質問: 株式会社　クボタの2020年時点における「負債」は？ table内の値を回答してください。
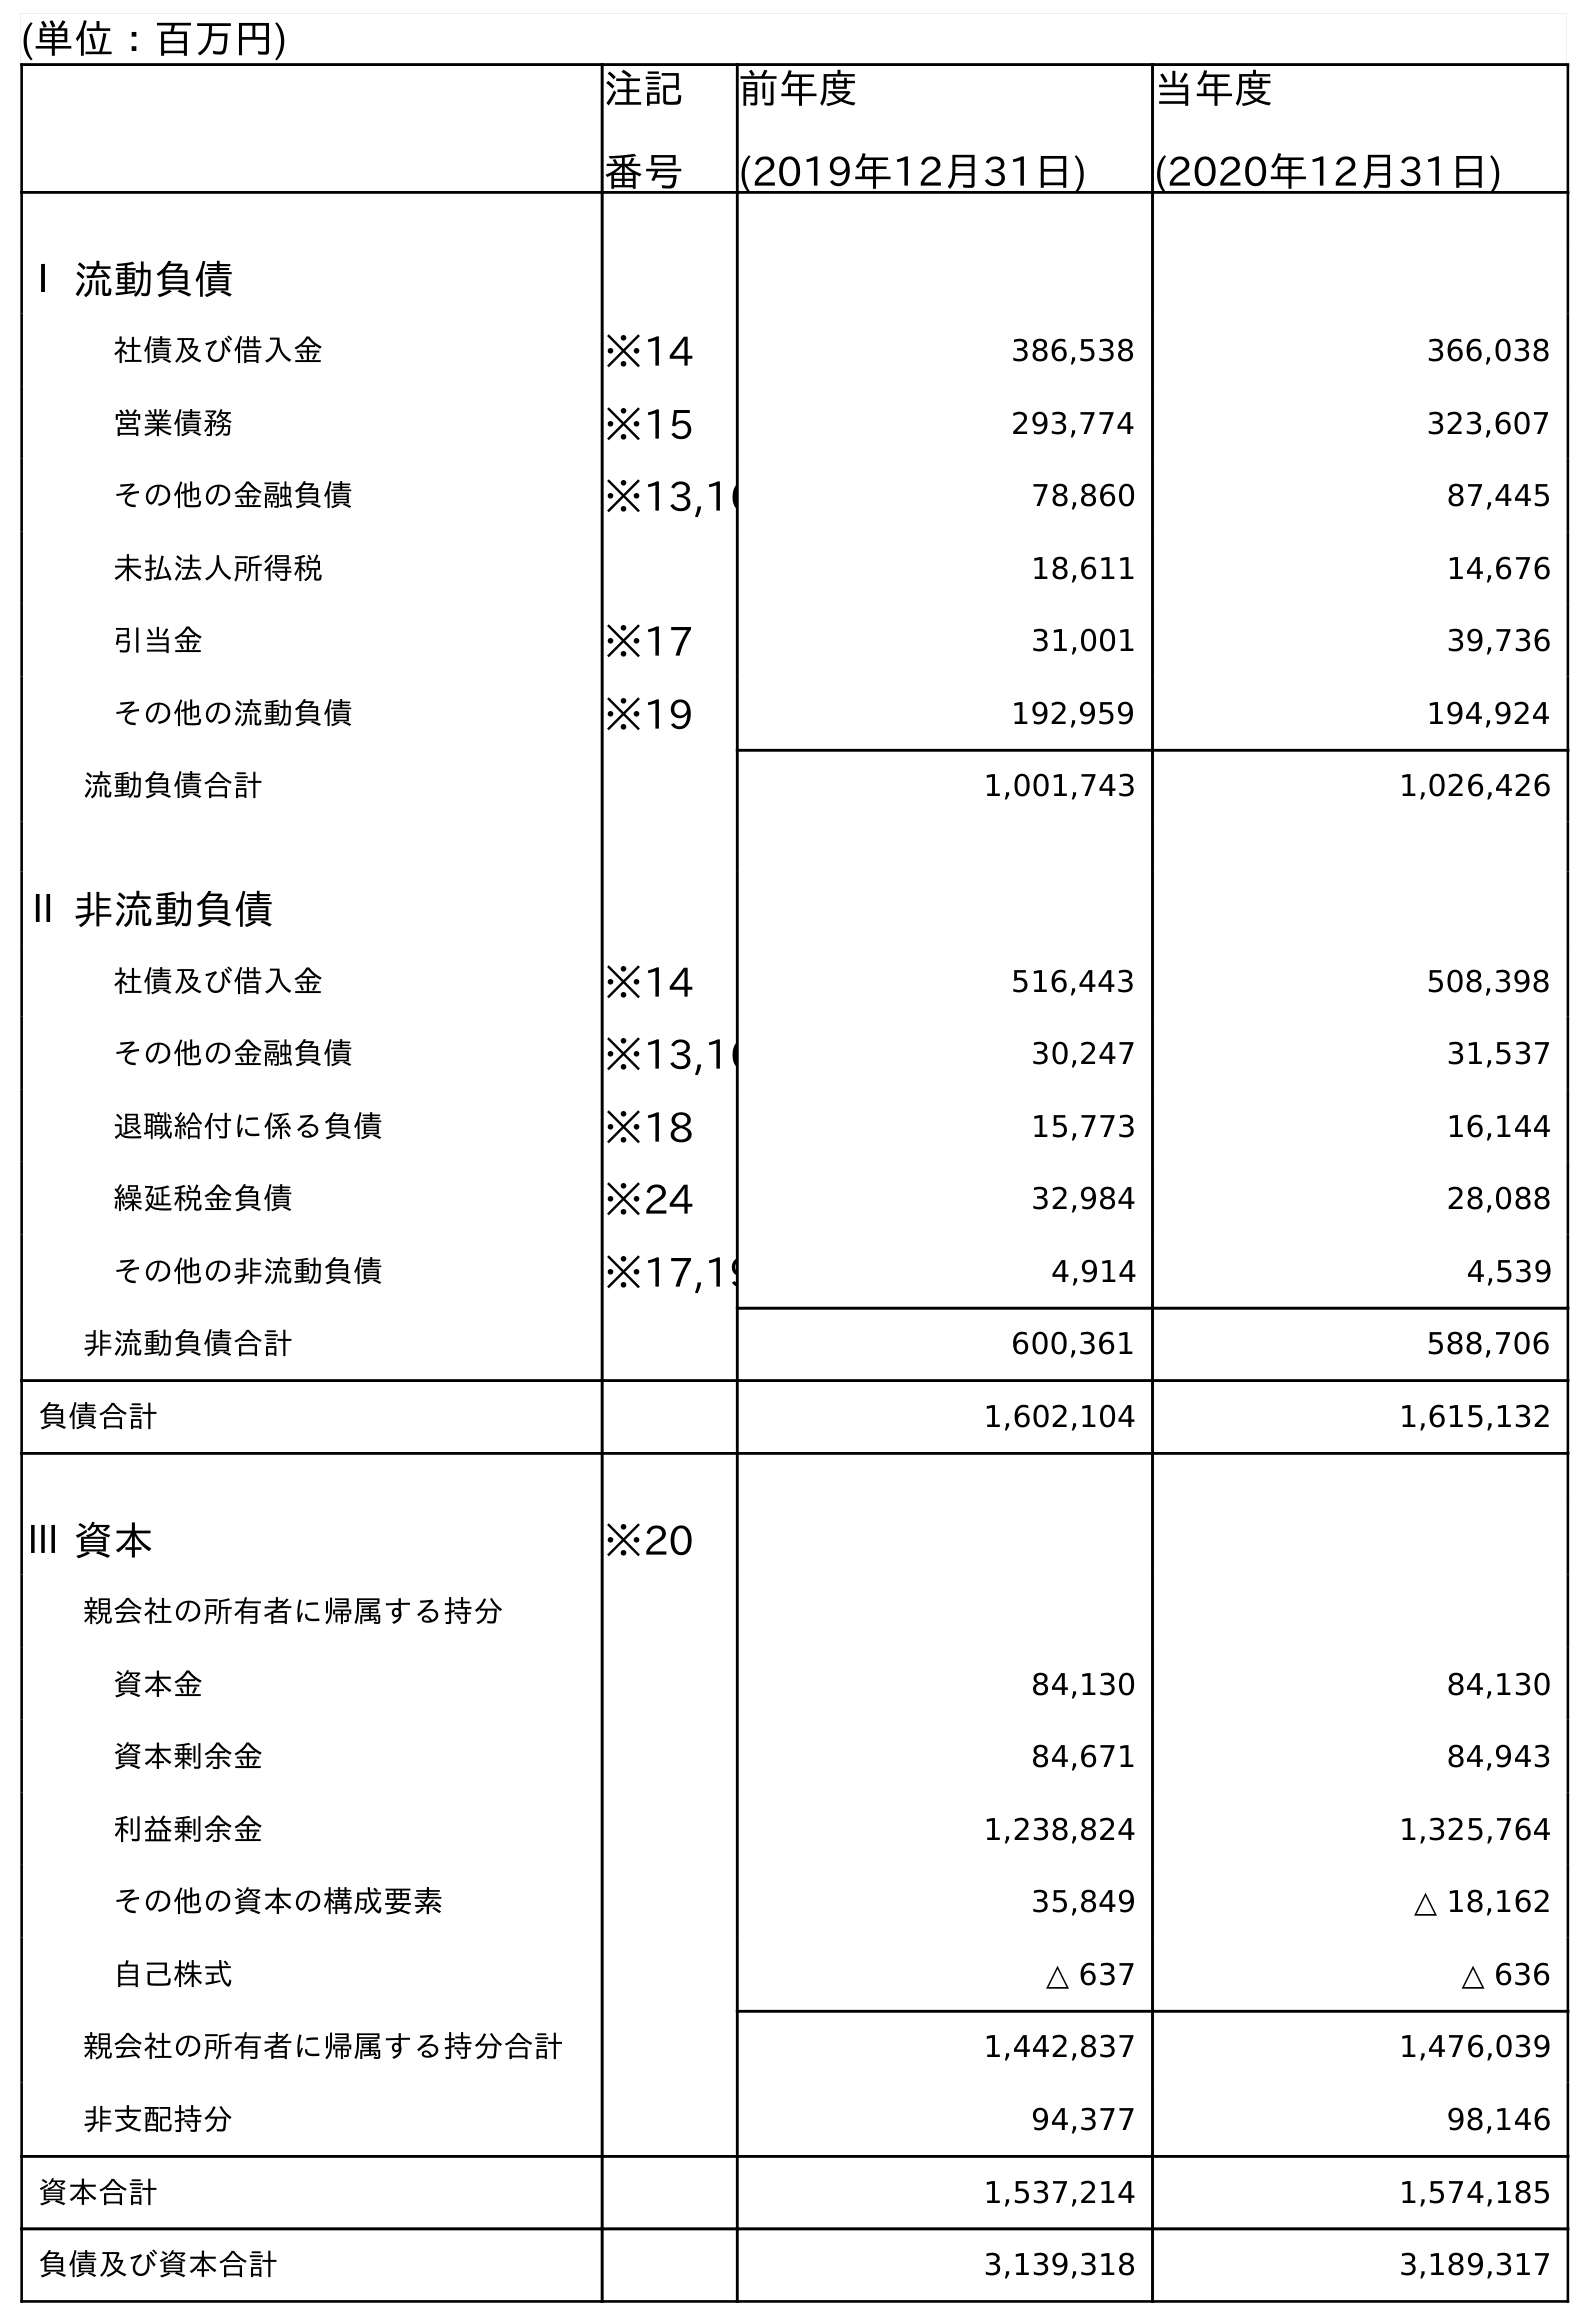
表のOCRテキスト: (単位：百万円) 注記 番号 前年度 (2019年12月31日) 当年度 (2020年12月31日) Ⅰ 流動負債 社債及び借入金 ※14 386,538 366,038 営業債務 ※15 293,774 323,607 その他の金融負債 ※13,16 78,860 87,445 未払法人所得税 18,611 14,676 引当金 ※17 31,001 39,736 その他の流動負債 ※19 192,959 194,924 流動負債合計 1,001,743 1,026,426 Ⅱ 非流動負債 社債及び借入金 ※14 516,443 508,398 その他の金融負債 ※13,16 30,247 31,537 退職給付に係る負債 ※18 15,773 16,144 繰延税金負債 ※24 32,984 28,088 その他の非流動負債 ※17,19 4,914 4,539 非流動負債合計 600,361 588,706 負債合計 1,602,104 1,615,132 Ⅲ 資本 ※20 親会社の所有者に帰属する持分 資本金 84,130 84,130 資本剰余金 84,671 84,943 利益剰余金 1,238,824 1,325,764 その他の資本の構成要素 35,849 △ 18,162 自己株式 △ 637 △ 636 親会社の所有者に帰属する持分合計 1,442,837 1,476,039 非支配持分 94,377 98,146 資本合計 1,537,214 1,574,185 負債及び資本合計 3,139,318 3,189,317
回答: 1,615,132